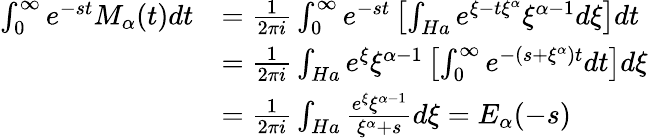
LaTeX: \begin{array}{rl}{\int_{0}^{\infty}e^{-st}M_{\alpha}(t)dt}&{=\frac{1}{2\pi i}\int_{0}^{\infty}e^{-st}\left[\int_{Ha}e^{\xi-t\xi^{\alpha}}\xi^{\alpha-1}{d\xi}\right]dt}\\ &{=\frac{1}{2\pi i}\int_{Ha}e^{\xi}\xi^{\alpha-1}\left[\int_{0}^{\infty}e^{-(s+\xi^{\alpha})t}dt\right]d\xi}\\ &{=\frac{1}{2\pi i}\int_{Ha}\frac{e^{\xi}\xi^{\alpha-1}}{\xi^{\alpha}+s}d\xi=E_{\alpha}(-s)}\end{array}